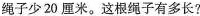
绳子少20厘米。这根绳子有多长?